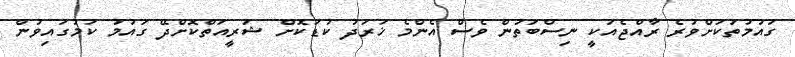
ގައުމުތަކަށްވުރެ ރާއްޖެއަކީ ނިސްބަތުން ވެސް އެންމެ ޚަރަދު ކުޑަކޮށް ޝަރީއަތްކޮށްދޭ ގައުމު ކަމުގައިވުން